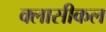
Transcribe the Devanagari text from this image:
क्लासीकल